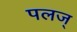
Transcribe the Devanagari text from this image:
पलज्